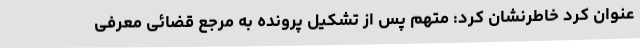
عنوان کرد خاطرنشان کرد: متهم پس از تشکیل پرونده به مرجع قضائی معرفی